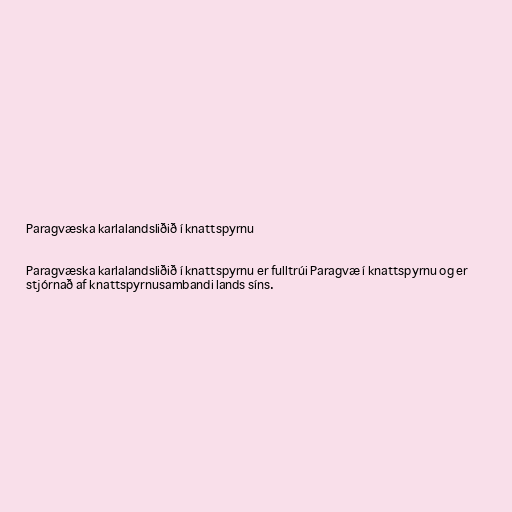
Paragvæska karlalandsliðið í knattspyrnu

Paragvæska karlalandsliðið í knattspyrnu er fulltrúi Paragvæ í knattspyrnu og er
stjórnað af knattspyrnusambandi lands síns.